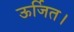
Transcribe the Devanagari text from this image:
ऊर्जित।